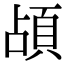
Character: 頕